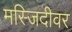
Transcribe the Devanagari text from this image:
मस्जिदीवर